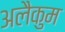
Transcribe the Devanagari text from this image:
अलैकुम